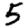
Digit: 5